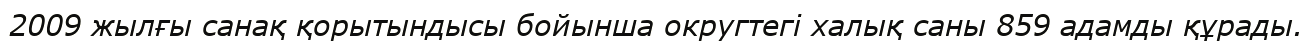
2009 жылғы санақ қорытындысы бойынша округтегі халық саны 859 адамды құрады.